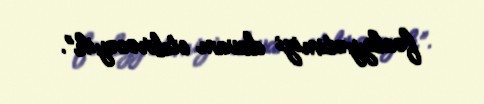
fəaliyyətimizi davam etdirəcəyik”.